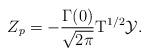
LaTeX: \begin{align*}{Z_p}=-{{\Gamma(0)}\over{\sqrt{2\pi}}}{{\mbox{T}}^{1/2}}\mathcal{Y}.\end{align*}